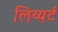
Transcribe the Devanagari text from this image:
लिय्यर्ट